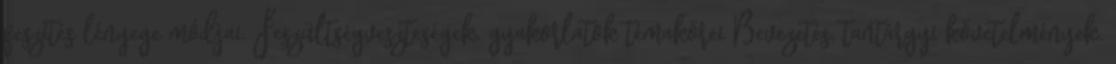
feszítés lényege módjai. Feszültségveszteségek. gyakorlatok témakörei Bevezetés, tantárgyi követelmények.